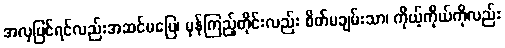
အလှပြင်ရင်လည်းအဆင်မပြေ၊ မှန်ကြည့်တိုင်းလည်း စိတ်မချမ်းသာ၊ ကိုယ့်ကိုယ်ကိုလည်း